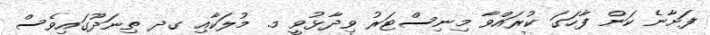
ފަށާނެ ކަން ފާހަގަ ކުރައްވާ މިނިސްޓަރު ވިދާޅުވީ މ. މުލަކާއި ގދ ތިނަދޫގައިވެސް